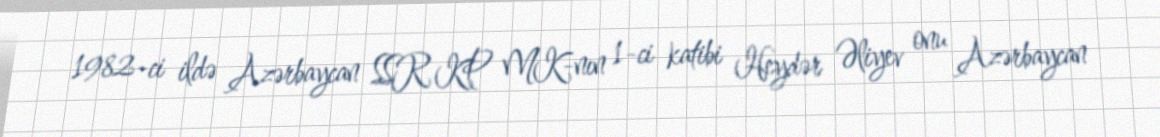
1982-ci ildə Azərbaycan SSR KP MK-nın 1-ci katibi Heydər Əliyev onu Azərbaycan